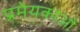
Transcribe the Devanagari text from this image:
प्रमेयकाओं